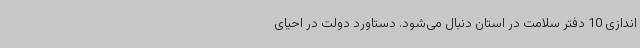
اندازی 10 دفتر سلامت در استان دنبال می‌شود. دستاورد دولت در احیای